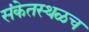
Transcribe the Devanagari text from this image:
संकेतस्थळच